Calcutta medical institutions reports 1892-1900
Year: 1892
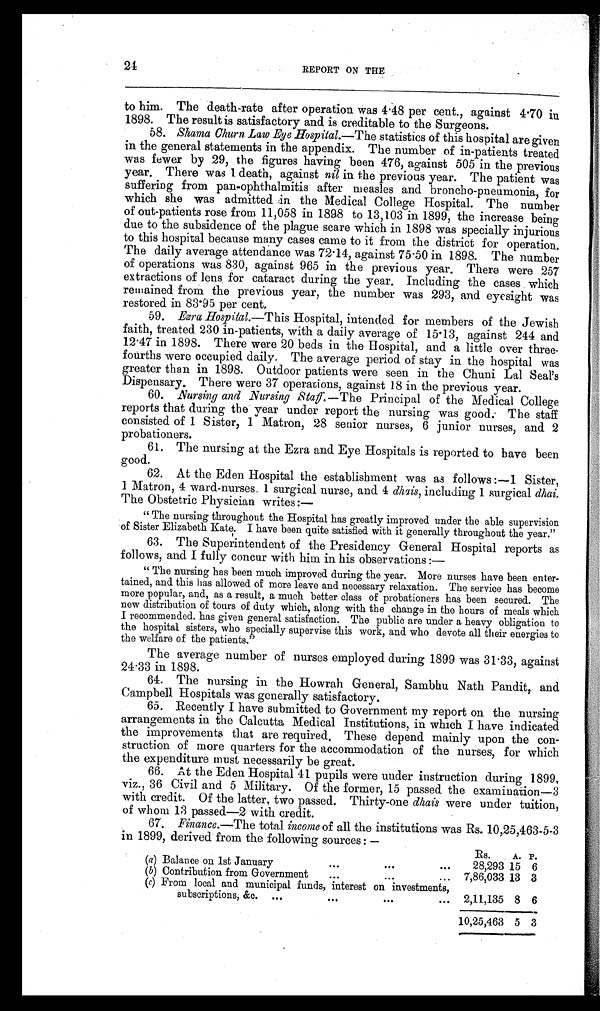
24
REPORT ON THE
to him. The death-rate after operation was 4.48 per cent., against 4.70 in
1898. The result is satisfactory and is creditable to the Surgeons.
58. Shama Churn Law Eye Hospital.—The statistics of this hospital are given
in the general statements in the appendix. The number of in-patients treated
was fewer by 29, the figures having been 476, against 505 in the previous
year. There was 1 death, against nil in the previous year. The patient was
suffering from pan-ophthalmitis after measles and broncho-pneumonia, for
which she was admitted in the Medical College Hospital. The number
of out-patients rose from 11,058 in 1898 to 13,103 in 1899, the increase being
due to the subsidence of the plague scare which in 1898 was specially injurious
to this hospital because many cases came to it from the district for operation.
The daily average attendance was 72.14, against 75.50 in 1898. The number
of operations was 830, against 965 in the previous year. There were 257
extractions of lens for cataract during the year. Including the cases which
remained from the previous year, the number was 293, and eyesight was
restored in 83.95 per cent.
59. Ezra Hospital.—This Hospital, intended for members of the Jewish
faith, treated 230 in-patients, with a daily average of 15.13, against 244 and
12.47 in 1898. There were 20 beds in the Hospital, and a little over three-
fourths were occupied daily. The average period of stay in the hospital was
greater than in 1898. Outdoor patients were seen in the Chuni Lal Seal's
Dispensary. There were 37 operations, against 18 in the previous year.
60. Nursing and Nursing Staff. — T h e P r i n c i p a l o f t h e M e d i c a l C o l l e g e
reports that during the year under report the nursing was good. The staff
consisted of 1 Sister, 1 Matron, 28 senior nurses, 6 junior nurses, and 2
probationers.
61. The nursing at the Ezra and Eye Hospitals is reported to have been
good.
62. At the Eden Hospital the establishment was as follows :—1 Sister,
1 Matron, 4 ward-nurses 1 surgical nurse, and 4
dhais
, including 1 surgical dhai.
The Obstetric Physician writes:—
"The nursing throughout the Hospital has greatly improved under the able supervision
of Sister Elizabeth Kate. I have been quite satisfied with it generally throughout the year."
63. The Superintendent of the Presidency General Hospital reports as
follows, and I fully concur with him in his observations :—
"The nursing has been much improved during the year. More nurses have been enter-
tained, and this has allowed of more leave and necessary relaxation. The service has become
more popular, and, as a result, a much better class of probationers has been secured. The
new distribution of tours of duty which, along with the change in the hours of meals which
I recommended has given general satisfaction. The public are under a heavy obligation to
the hospital sisters, who specially supervise this work, and who devote all their energies to
the welfare of the patients."
The average number of nurses employed during 1899 was 31.33, against
24.33 in 1898.
64. The nursing in the Howrah General, Sambhu Nath Pandit, and
Campbell Hospitals was generally satisfactory.
65. Recently I have submitted to Government my report on the nursing
arrangements in the Calcutta Medical Institutions, in which I have indicated
the improvements that are required. These depend mainly upon the con-
struction of more quarters for the accommodation of the nurses, for which
the expenditure must necessarily be great.
66.
At the Eden Hospital 41 pupils were under instruction during 1899,
viz., 36 Civil and 5 Military. Of the former, 15 passed the examination—3
with credit. Of the latter, two passed. Thirty-one dhais were under tuition,
of whom 13 passed—2 with credit.
67. Finance.—The total income of all the institutions was Rs. 10,25,463-5-3
in 1899, derived from the following sources : —
Rs.
A. P.
(a) Balance on 1st January
...
...
. . .
28,293 15 6
(b) Contribution from Government
...
. . .
... 7,86,033 13 3
(c) From local and municipal funds, interest on investments,
subscriptions, &c. ...
...
...
... 2,11,135 8 6
10,25,463 5 3